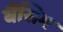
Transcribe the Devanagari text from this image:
बैसिम